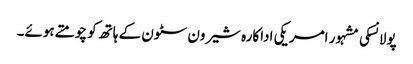
پولانسکی مشہور امریکی اداکارہ شیرون سٹون کے ہاتھ کو چومتے ہوئے۔